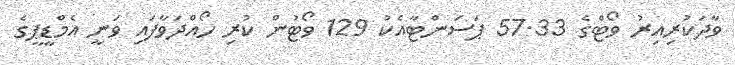
ވާދަކުރިއިރު ވޯޓްގެ 57.33 ޕަސަންޓާއެކު 129 ވޯޓުން ކުރި ހޯއްދަވާފައި ވަނީ އެމްޑީޕީގެ